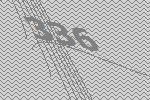
336